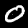
Label: 0